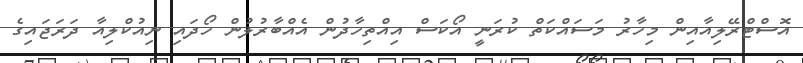
އޮސްޓްރޭލިއާއިން މިހާރު މަސައްކަތް ކުރަނީ އޯކަސް އިއްތިހާދުން އެއްބާރުލުން ހޯދައި ނިއުކްލިއާ ދަރަޖައިގެ